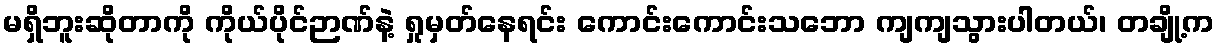
မရှိဘူးဆိုတာကို ကိုယ်ပိုင်ဉာဏ်နဲ့ ရှုမှတ်နေရင်း ကောင်းကောင်းသဘော ကျကျသွားပါတယ်၊ တချို့က